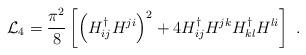
LaTeX: \begin{align*}{\cal L}_4 = {{\pi^2} \over 8} \left[ \left( H^{\dag}_{ij} H^{ji} \right)^2 + 4 H^{\dag}_{ij} H^{jk} H^{\dag}_{kl} H^{li} \right]\ .\end{align*}